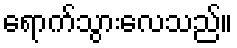
ရောက်သွားလေသည်။